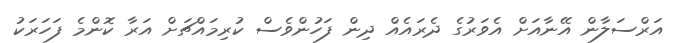
އަރްސަލާން އޭނާއަށް އެވަރުގެ ދެރައެއް ދިން ފަހުންވެސް ކުރިމައްޗަށް އަރާ ކޮންމެ ފަހަރަކު